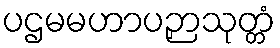
ပဌမမဟာပဉှာသုတ္တံ